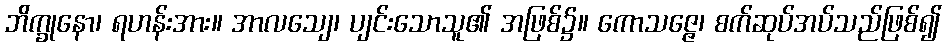
ဘိက္ခုနော၊ ရဟန်းအား။ အာလသျေ၊ ပျင်းသောသူ၏ အဖြစ်၌။ ကောသဇ္ဇေ၊ စက်ဆုပ်အပ်သည်ဖြစ်၍